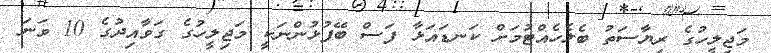
މަޖިލީހުގެ ރިޔާސަތު ބެލެހެއްޓުމަށް ކަނޑައަޅާ ފަސް ބޭފުޅުންނަކީ މަޖިލީހުގެ ގަވާއިދުގެ 10 ވަނަ